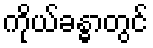
ကိုယ်ခန္ဓာတွင်